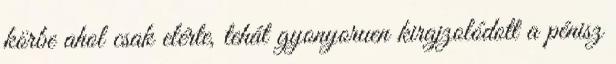
körbe ahol csak elérte, tehát gyonyoruen kirajzolódott a pénisz